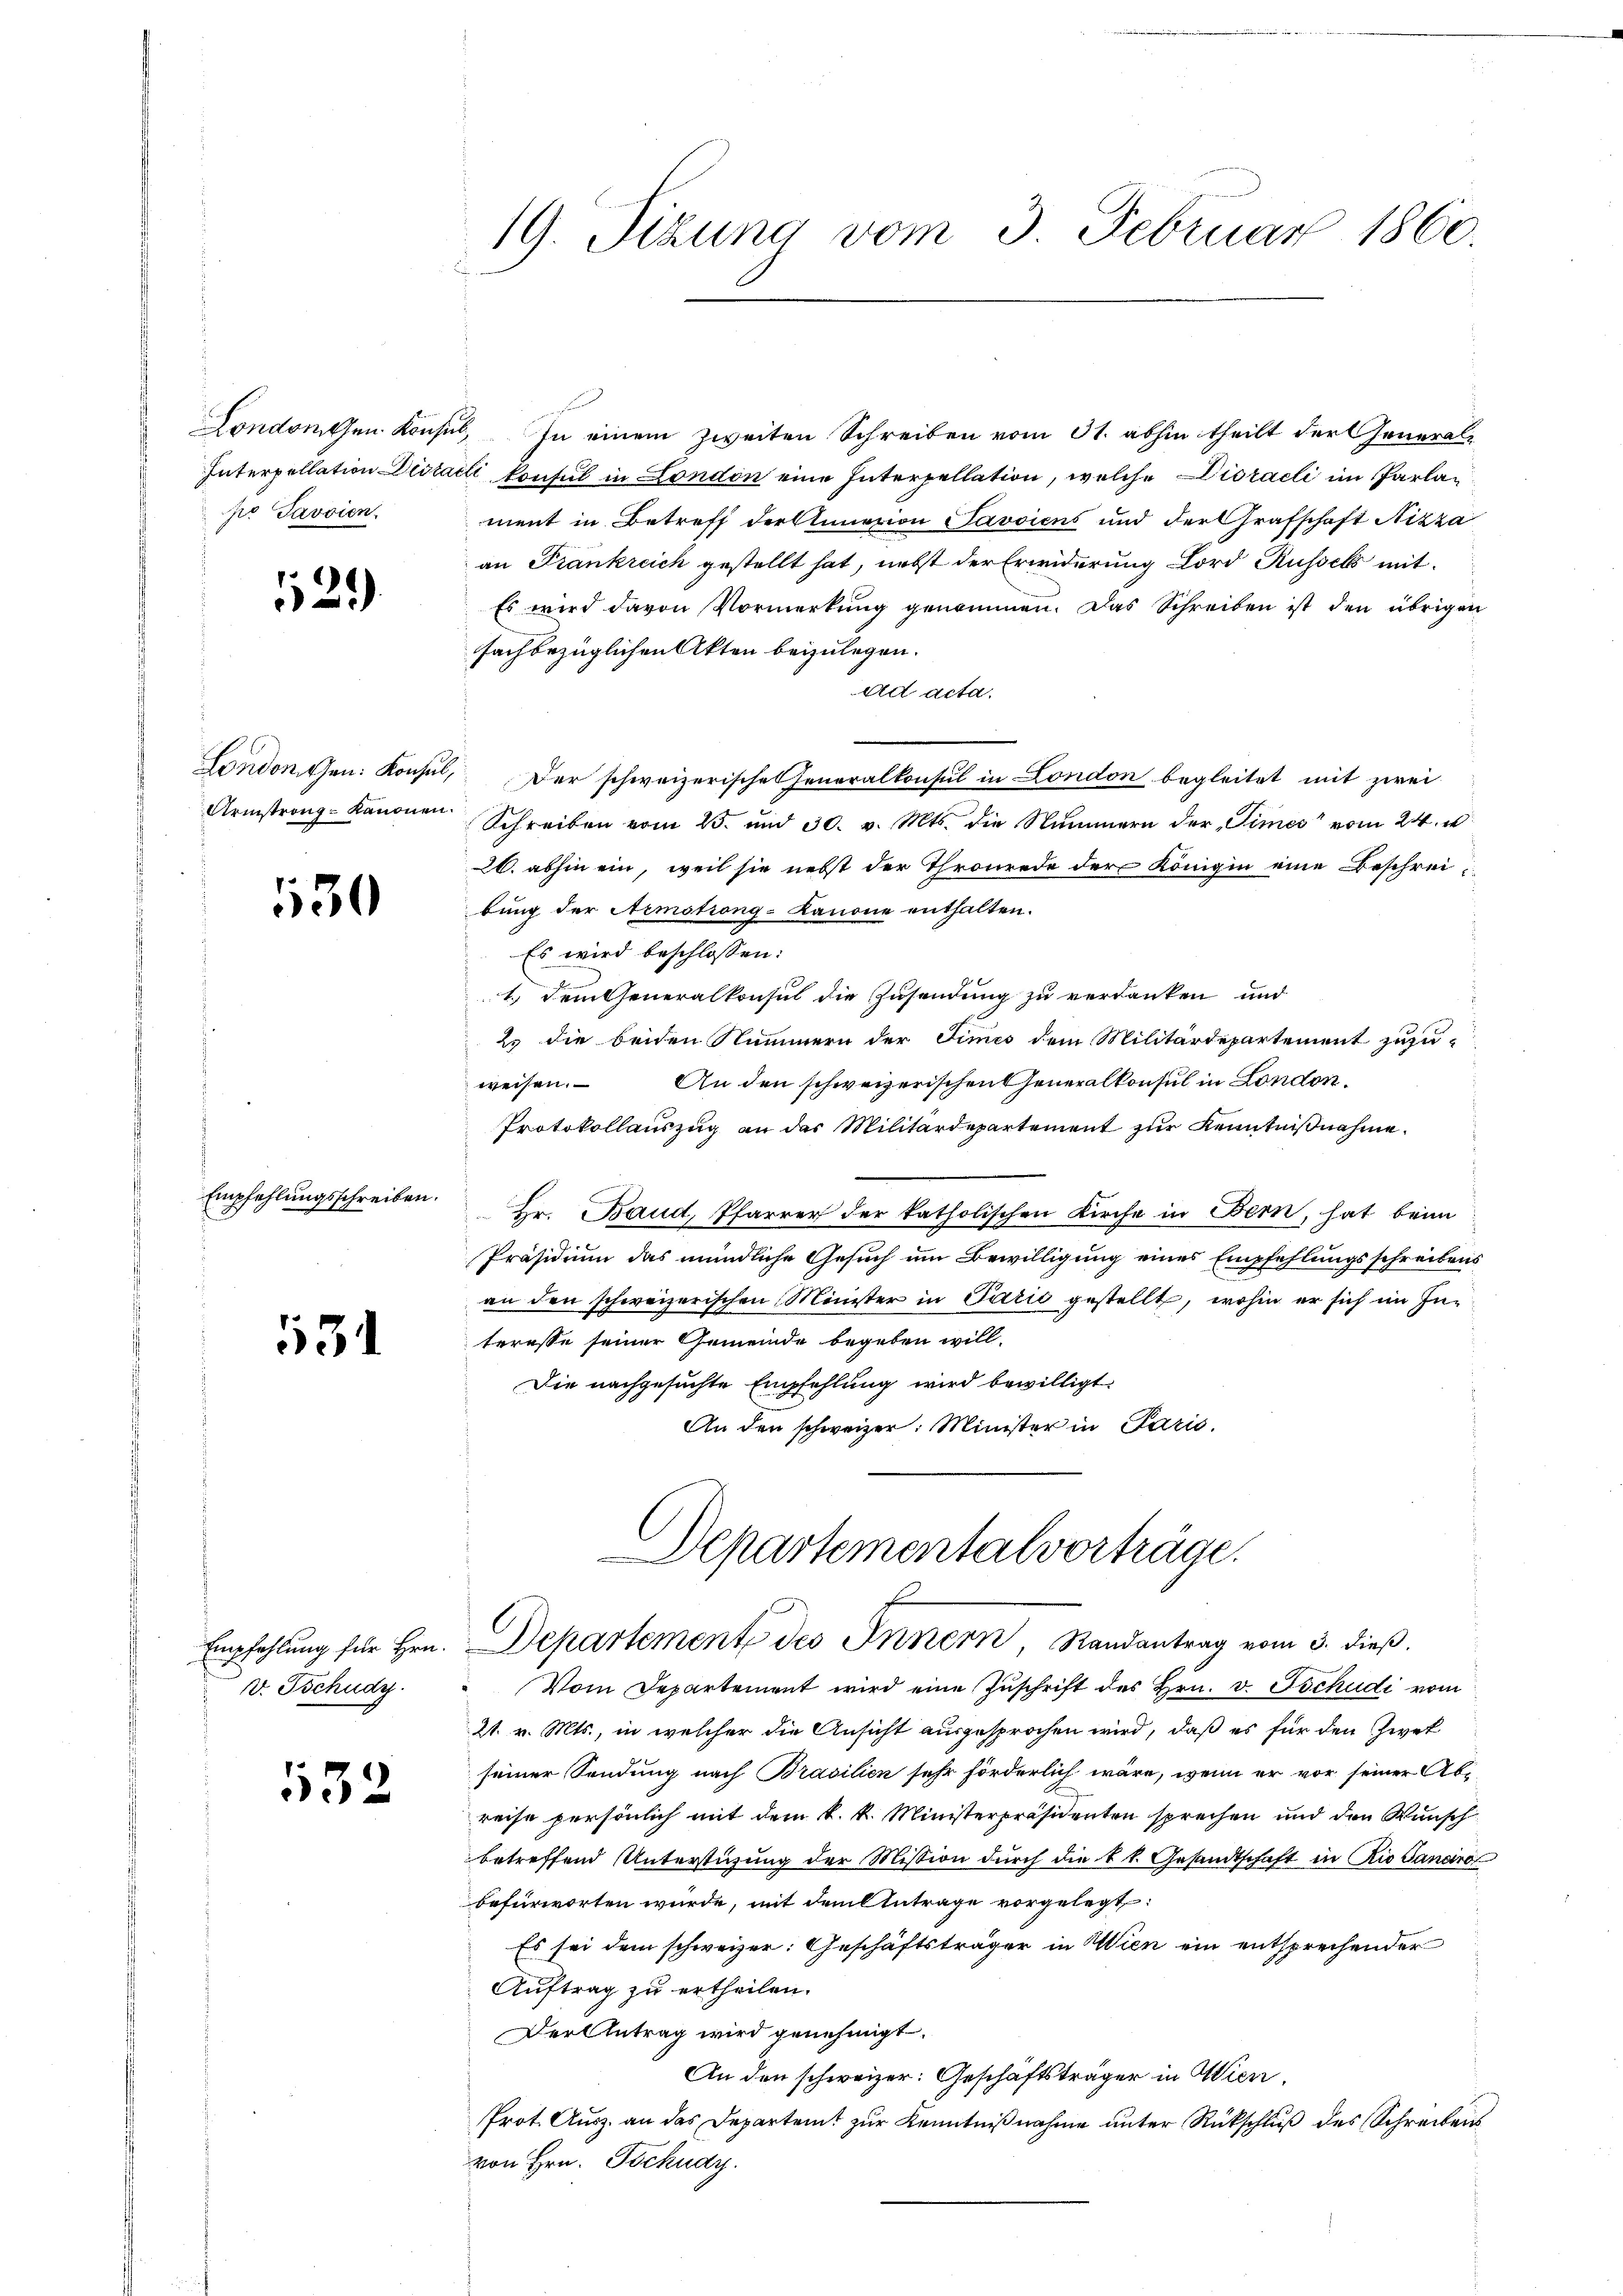
po Savoien

112)

530

Empfehlungsschreiben.

131

Empfehlung für Hrn.
v. Tschudy

132

19. Sizung vom 3. Februar 1860.

Londonchen Konsul, In einem zweiten Schreiben vom 31. abhin theilt der General¬
Interpellation Distacli konsul in London eine Interpellation, welche Disraeli im Parlament in Betreff der Annazion Savoiens und der Grafschaft Nizza
an Frankreich gestellt hat, nebst der Erwiderung Lord Russels mit
Es wird davon Vormerkung genommen. Das Schreiben ist den übrigen
fachbezüglichen Akten beizulegen.
ad acta
London den Konsul, der schweizerische Generalkonsul in London begleitet mit zwei
Armstrang-kanonen Schreiben vom 25. und 30. v. Mts. die Nummern der „Times vom 24. u
26. abhin ein, weil sie nebst der Thronrede der Königin eine Beschreibung der Aemstrong-Kanone enthalten.
Es wird beschlossen:
1.) Denkseneralkonsul die Zusendung zu verdanken und
2. die beiden Nummern der Times dem Militärdepartement zuzu-
weisen. An den schweizerischen Generalkonsul in London.
Protokollauszug an das Militärdepartement zur Kenntnißnahme.
Hr. Baud, Pfarrer der katholischen Kirche in Bern, hat beim
Präsidium das mündliche Gesuch um Bewilligung eines Empfehlungsschreibens
an den schweizerischen Minister in Parić gestellt, wohin er sich im Interesse seiner Gemeinde begeben will-
Die nachgesuchte Empfehlung wird bewilligt.
An den schweizer. Minister in Paris.

Departementalvorträge.
Departement des Innern Randantrag vom 3. dieß.

Vom Departement wird eine Zuschrift des Hrn. v. Tschudi vom
21. v. Mts., in welcher die Ansicht ausgesprochen wird, daß es für den Zwek
seiner Sendung nach Brasilien sehr förderlich wäre, wenn er vor seiner Abe
reise persönlich mit dem k. k. Ministerpräsidenten sprechen und den Wunsch
betreffend Unterstüzung der Mission durch die k. k. Gesandtschaft in Rio Sanaro
befürworten würde, mit dem Antrage vorgelegt:
Es sei dem schweizer: Geschäftsträger in Wien ein entsprechender
Auftrag zu ertheilen.
Der Antrag wird genehmigt.
An den schweizer: Geschäftsträger in Wien,
Prot. Ausz. an das Departent zur Kenntnißnahme unter Rückschluß des Schreibens
von Hrn. Tockudy.